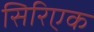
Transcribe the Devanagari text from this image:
सिरिएक